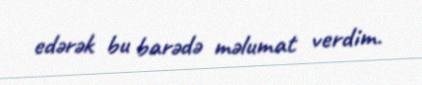
edərək bu barədə məlumat verdim.